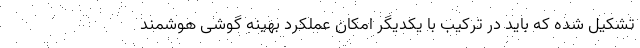
تشکیل شده که باید در ترکیب با یکدیگر امکان عملکرد بهینه گوشی هوشمند